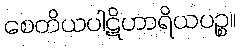
စေတိယပါဋိဟာရိယပဉ္စ။